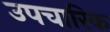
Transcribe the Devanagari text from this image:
उपचारिक